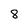
Character: 8